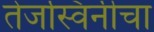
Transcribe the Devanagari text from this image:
तेजस्विनीचा